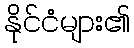
နိုင်ငံများ၏